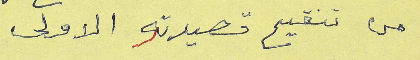
من تنقيح قصيدته الاولى